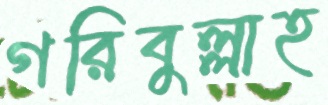
গরিবুল্লাহ